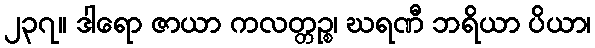
၂၃၇။ ဒါရော ဇာယာ ကလတ္တဉ္စ၊ ဃရဏီ ဘရိယာ ပိယာ၊